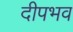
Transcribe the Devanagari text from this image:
दीपभव